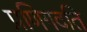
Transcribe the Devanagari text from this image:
प्रणिगदति